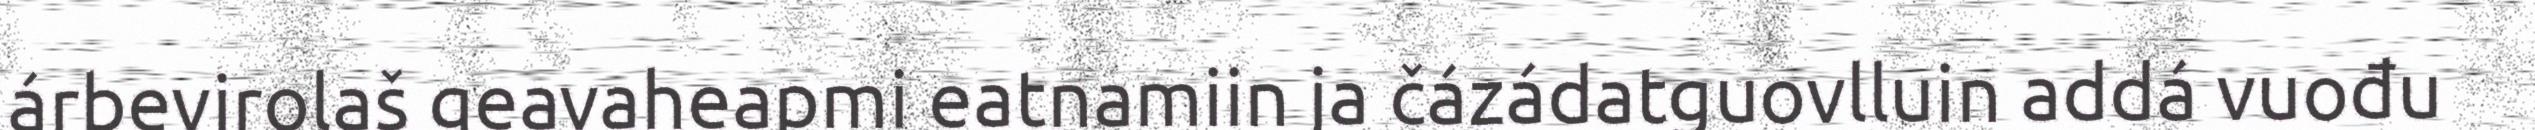
árbevirolaš geavaheapmi eatnamiin ja čázádatguovlluin addá vuođu